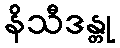
နိသီဒန္တု